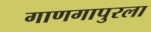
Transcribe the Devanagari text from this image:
गाणगापुरला